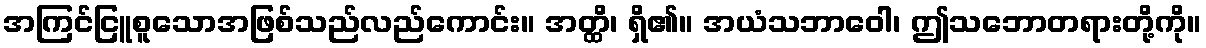
အကြင်ငြူစူသောအဖြစ်သည်လည်ကောင်း။ အတ္ထိ၊ ရှိ၏။ အယံသဘာဝေါ၊ ဤသဘောတရားတို့ကို။